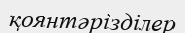
қоянтәрізділер